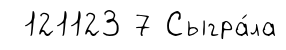
121123 7 Сыгра́ла